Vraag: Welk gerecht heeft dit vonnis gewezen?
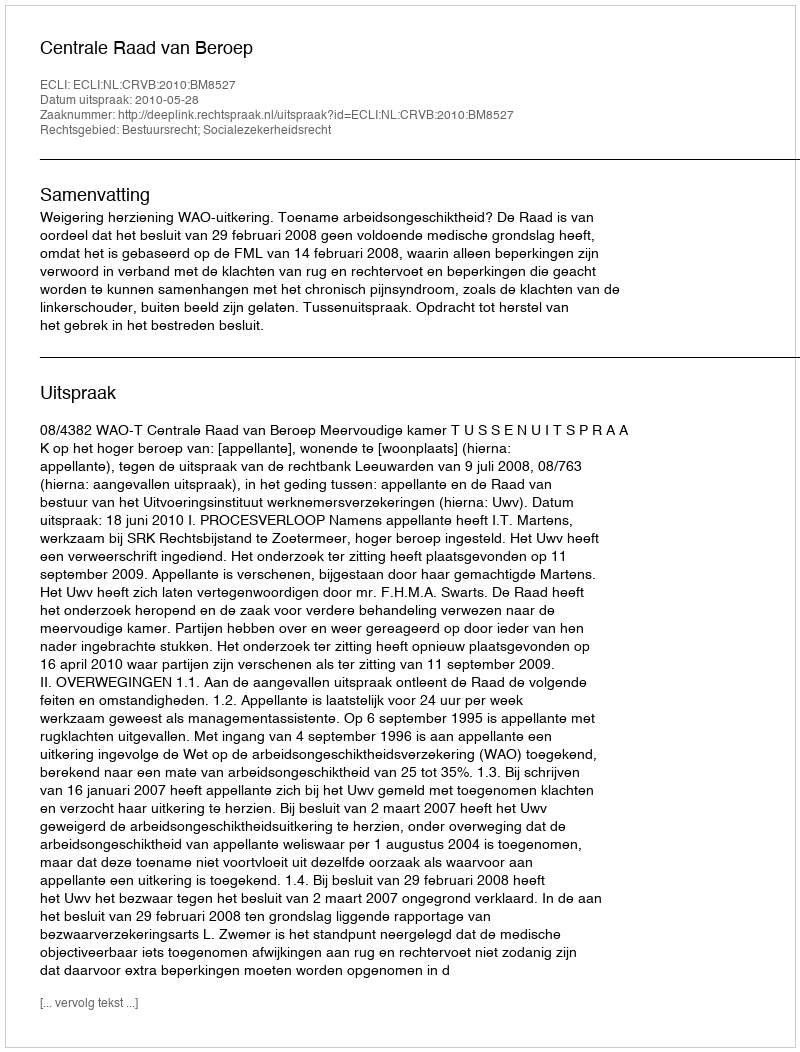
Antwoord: Centrale Raad van Beroep